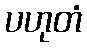
ပဟုတံ